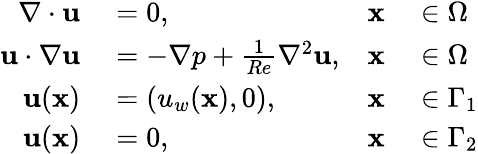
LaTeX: \begin{array}{rlrl}{\nabla\cdot{\mathbf{u}}}&{{}=0,}&{\mathbf{x}}&{{}\in\Omega}\\ {{\mathbf{u}}\cdot\nabla{\mathbf{u}}}&{{}=-\nabla p+\frac{1}{Re}{\nabla^{2}}{\mathbf{u}},}&{\mathbf{x}}&{{}\in\Omega}\\ {\mathbf{u}(\mathbf{x})}&{{}=(u_{w}(\mathbf{x}),0),}&{\mathbf{x}}&{{}\in\Gamma_{1}}\\ {\mathbf{u}(\mathbf{x})}&{{}=0,}&{\mathbf{x}}&{{}\in\Gamma_{2}}\end{array}